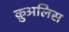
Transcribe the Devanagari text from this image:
क़ुअलिस